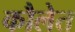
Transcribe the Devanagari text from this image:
कौलेत